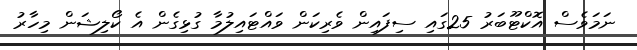
ނަމަވެސް އޮކްޓޫބަރު 25ގައި ސިފައިން ވެރިކަން ވައްޓައިލުމާ ގުޅިގެން އެ ކޯލިޝަން މިހާރު